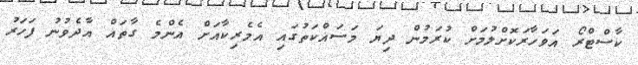
ކާސްޓްރޯ އަވަހާރަކޮށްލުމަށް ކުރަމުން ދިޔަ މަސައްކަތުގައި އެމެރިކާއަށް އެންމެ ގާތައް އާދެވުނު ފަހަރު